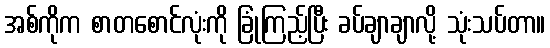
အစ်ကိုက စာတစောင်လုံးကို ခြုံကြည့်ပြီး ခပ်ချာချာလို့ သုံးသပ်တာ။